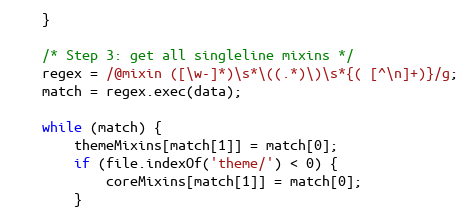
Language: JavaScript
    }

    /* Step 3: get all singleline mixins */
    regex = /@mixin ([\w-]*)\s*\((.*)\)\s*{( [^\n]+)}/g;
    match = regex.exec(data);

    while (match) {
        themeMixins[match[1]] = match[0];
        if (file.indexOf('theme/') < 0) {
            coreMixins[match[1]] = match[0];
        }